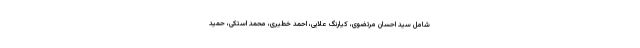
شامل سید احسان مرتضوی، کیارنگ علایی، احمد خطیری، محمد استکی، حمید